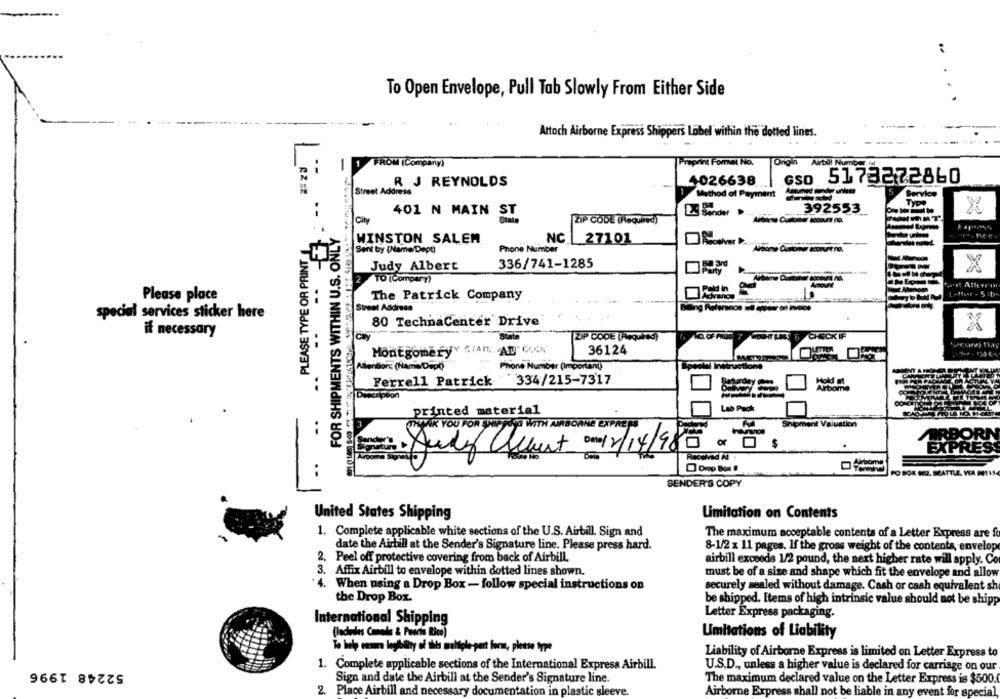
..
To Open Envelope, Pull Tab Slowly From Either Side
Attach Airborne Express Shippers Label within the dotted lines.
FROM (Company)
Preprint Format No.
Orgin
Airtill Number
4026638
GSD
5173272860
R J REYNOLDS
Street Address
Method of Payment
Service
Typ+
392553
401 N MAIN ST
1 Sender
X
.-
City
ZIP CODE (Required)
FOR SHIPMENTS WITHIN U.S. ONLY
NC
WINSTON SALEM
27101
Sent by (Name/Dept)
Phone Number
PLEASE TYPE OR PRINT
Judy Albert
336/741-1285
X
TO (Compary)
- 5 1b
Please place
The Patrick Company
.-
Street Address
special services sticker here
80 TechnaCenter Drive
X
if necessary
CHECK IF
ZIP CODE (Required)
Montgomeryy Gran. ATT CON
36124
ABiention: (Name Depl)
Phone Number (Important)
tions
Ferrell Patrick
334/215-7317
Hold at
Arbome
Description
printed material
Lab Pack
THANK YOU FOR SHIP
UNG WITH AIRBORNE EXPRESS
Shipment Valuation
and
EXPRES
Drop Box !
PO BOX MED. SEATTLE, WA POTHS
SENDER'S COPY
United States Shipping
Limitation on Contents
1. Complete applicable white sections of the U.S. Airbill. Sign and
The maximum acceptable contents of a Letter Express are fo
date the Airtill at the Sender's Signature line. Please press hard.
8-1/2 x 11 pages. If the gross weight of the contents, envelop
2. Peel off protective covering from back of Airbill.
airbill exceeds 1/2 pound, the next higher rate will apply. Co
3. Affix Airbill to envelope within dotted lines shown.
must be of a size and shape which fit the envelope and allow
4. When using a Drop Box - follow special instructions on
securely sealed without damage. Cash or cash equivalent sh
the Drop Box.
be shipped. Items of high intrinsic value should not be shipp
Letter Express packaging.
International Shipping
(ladedes Camada & Puerto Rico)
Umitations of Liability
To help onsur leghtty of this multiple-pert form, please type
Liability of Airborne Express is limited on Letter Express to
52248 1996
1. Complete applicable sections of the International Express Airbill.
U.S.D ., unless a higher value is declared for carriage on our
Sign and date the Airbill at the Sender's Signature line.
The maximum declared value on the Letter Express is $500.
2. Place Airbill and necessary documentation in plastic sleeve.
Airborne Express shall not be liable in any event for special